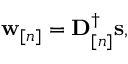
\begin{array} { r } { { \mathbf w } _ { [ n ] } = { \mathbf D } _ { [ n ] } ^ { \dag } { \mathbf s } , } \end{array}